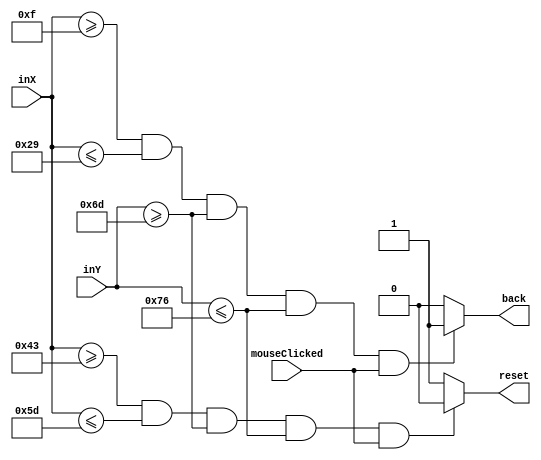
module resetMapping(
		input [7:0] inX, inY,
		input mouseClicked,
		output reg reset,
		output reg back
		);
		
	always@(*)
		begin
		
			if (inX >= 67 && inX <= 93 && inY >= 109 && inY <= 118 && mouseClicked == 1) //negative reset
				reset = 0;
			else
				reset = 1;
				
			if (inX >= 15 && inX <= 41 && inY >= 109 && inY <= 118 && mouseClicked == 1)
				back = 1;
			else
				back = 0;
		end
		
endmodule